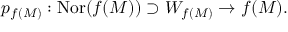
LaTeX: p _ { f ( M ) } : \operatorname { N o r } ( f ( M ) ) \supset W _ { f ( M ) } \to f ( M ) .